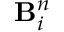
\mathbf { B } _ { i } ^ { n }